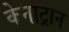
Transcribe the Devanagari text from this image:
केनाट्रान